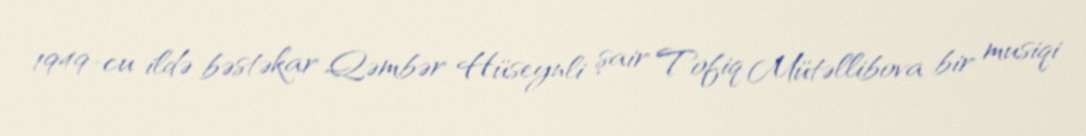
1949-cu ildə bəstəkar Qəmbər Hüseynli şair Tofiq Mütəllibova bir musiqi